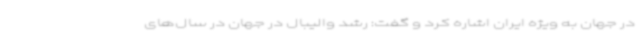
در جهان به ویژه ایران اشاره کرد و گفت: رشد والیبال در جهان در سال‌های